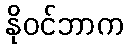
နိုဝင်ဘာက